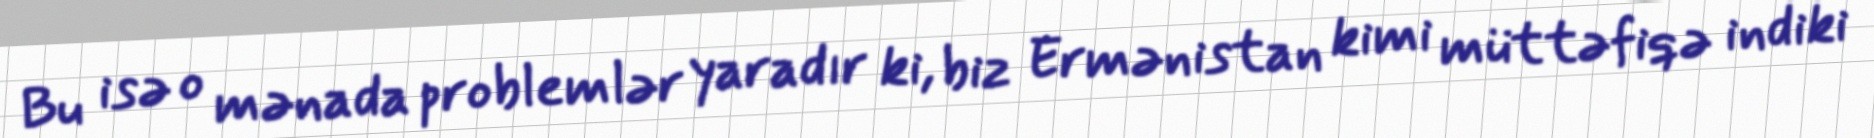
Bu isə o mənada problemlər yaradır ki, biz Ermənistan kimi müttəfiqə indiki